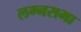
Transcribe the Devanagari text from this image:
लग्नसभा